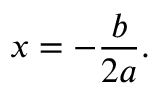
x = - { \frac { b } { 2 a } } .